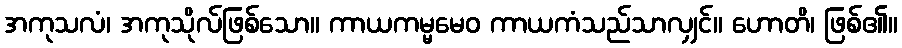
အကုသလံ၊ အကုသိုလ်ဖြစ်သော။ ကာယကမ္မမေဝ ကာယကံသည်သာလျှင်။ ဟောတိ၊ ဖြစ်၏။